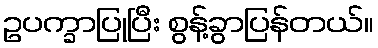
ဥပက္ခာပြုပြီး စွန့်ခွာပြန်တယ်။